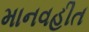
માનવહીત